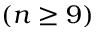
( n \geq 9 )